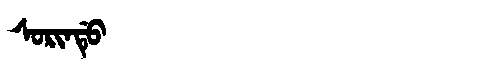
Manchu: ᠰᠣᡵᡳᠨᡩᡠ
Romanization: SORINDU